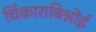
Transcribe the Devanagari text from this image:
चिंकाराबिश्नोई